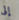
إلى